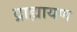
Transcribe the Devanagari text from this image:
द्राह्मायण